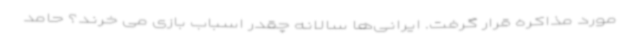
مورد مذاکره قرار گرفت. ایرانی‌ها سالانه چقدر اسباب بازی می خرند؟ حامد